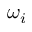
\omega _ { i }